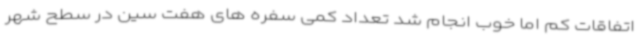
اتفاقات کم اما خوب انجام شد تعداد کمی سفره های هفت سین در سطح شهر